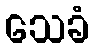
သေခံ